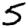
Digit: 5